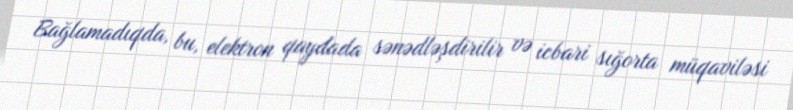
Bağlamadıqda, bu, elektron qaydada sənədləşdirilir və icbari sığorta müqaviləsi